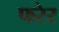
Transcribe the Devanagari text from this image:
फरेर